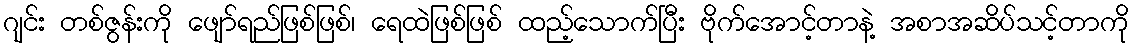
ဂျင်း တစ်ဇွန်းကို ဖျော်ရည်ဖြစ်ဖြစ်၊ ရေထဲဖြစ်ဖြစ် ထည့်သောက်ပြီး ဗိုက်အောင့်တာနဲ့ အစာအဆိပ်သင့်တာကို